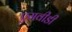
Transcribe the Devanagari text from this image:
एसवीडी